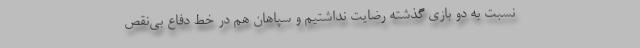
نسبت به دو بازی گذشته رضایت نداشتیم و سپاهان هم در خط دفاع بی‌نقص